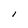
Character: I